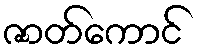
ဇာတ်ကောင်